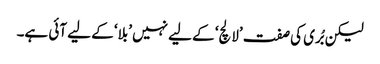
لیکن بُری کی صفت ’لالچ‘ کے لیے نہیں ’بلا‘ کے لیے آئی ہے۔